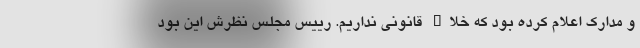
و مدارک اعلام کرده بود که خلاء قانونی نداریم. رییس مجلس نظرش این بود